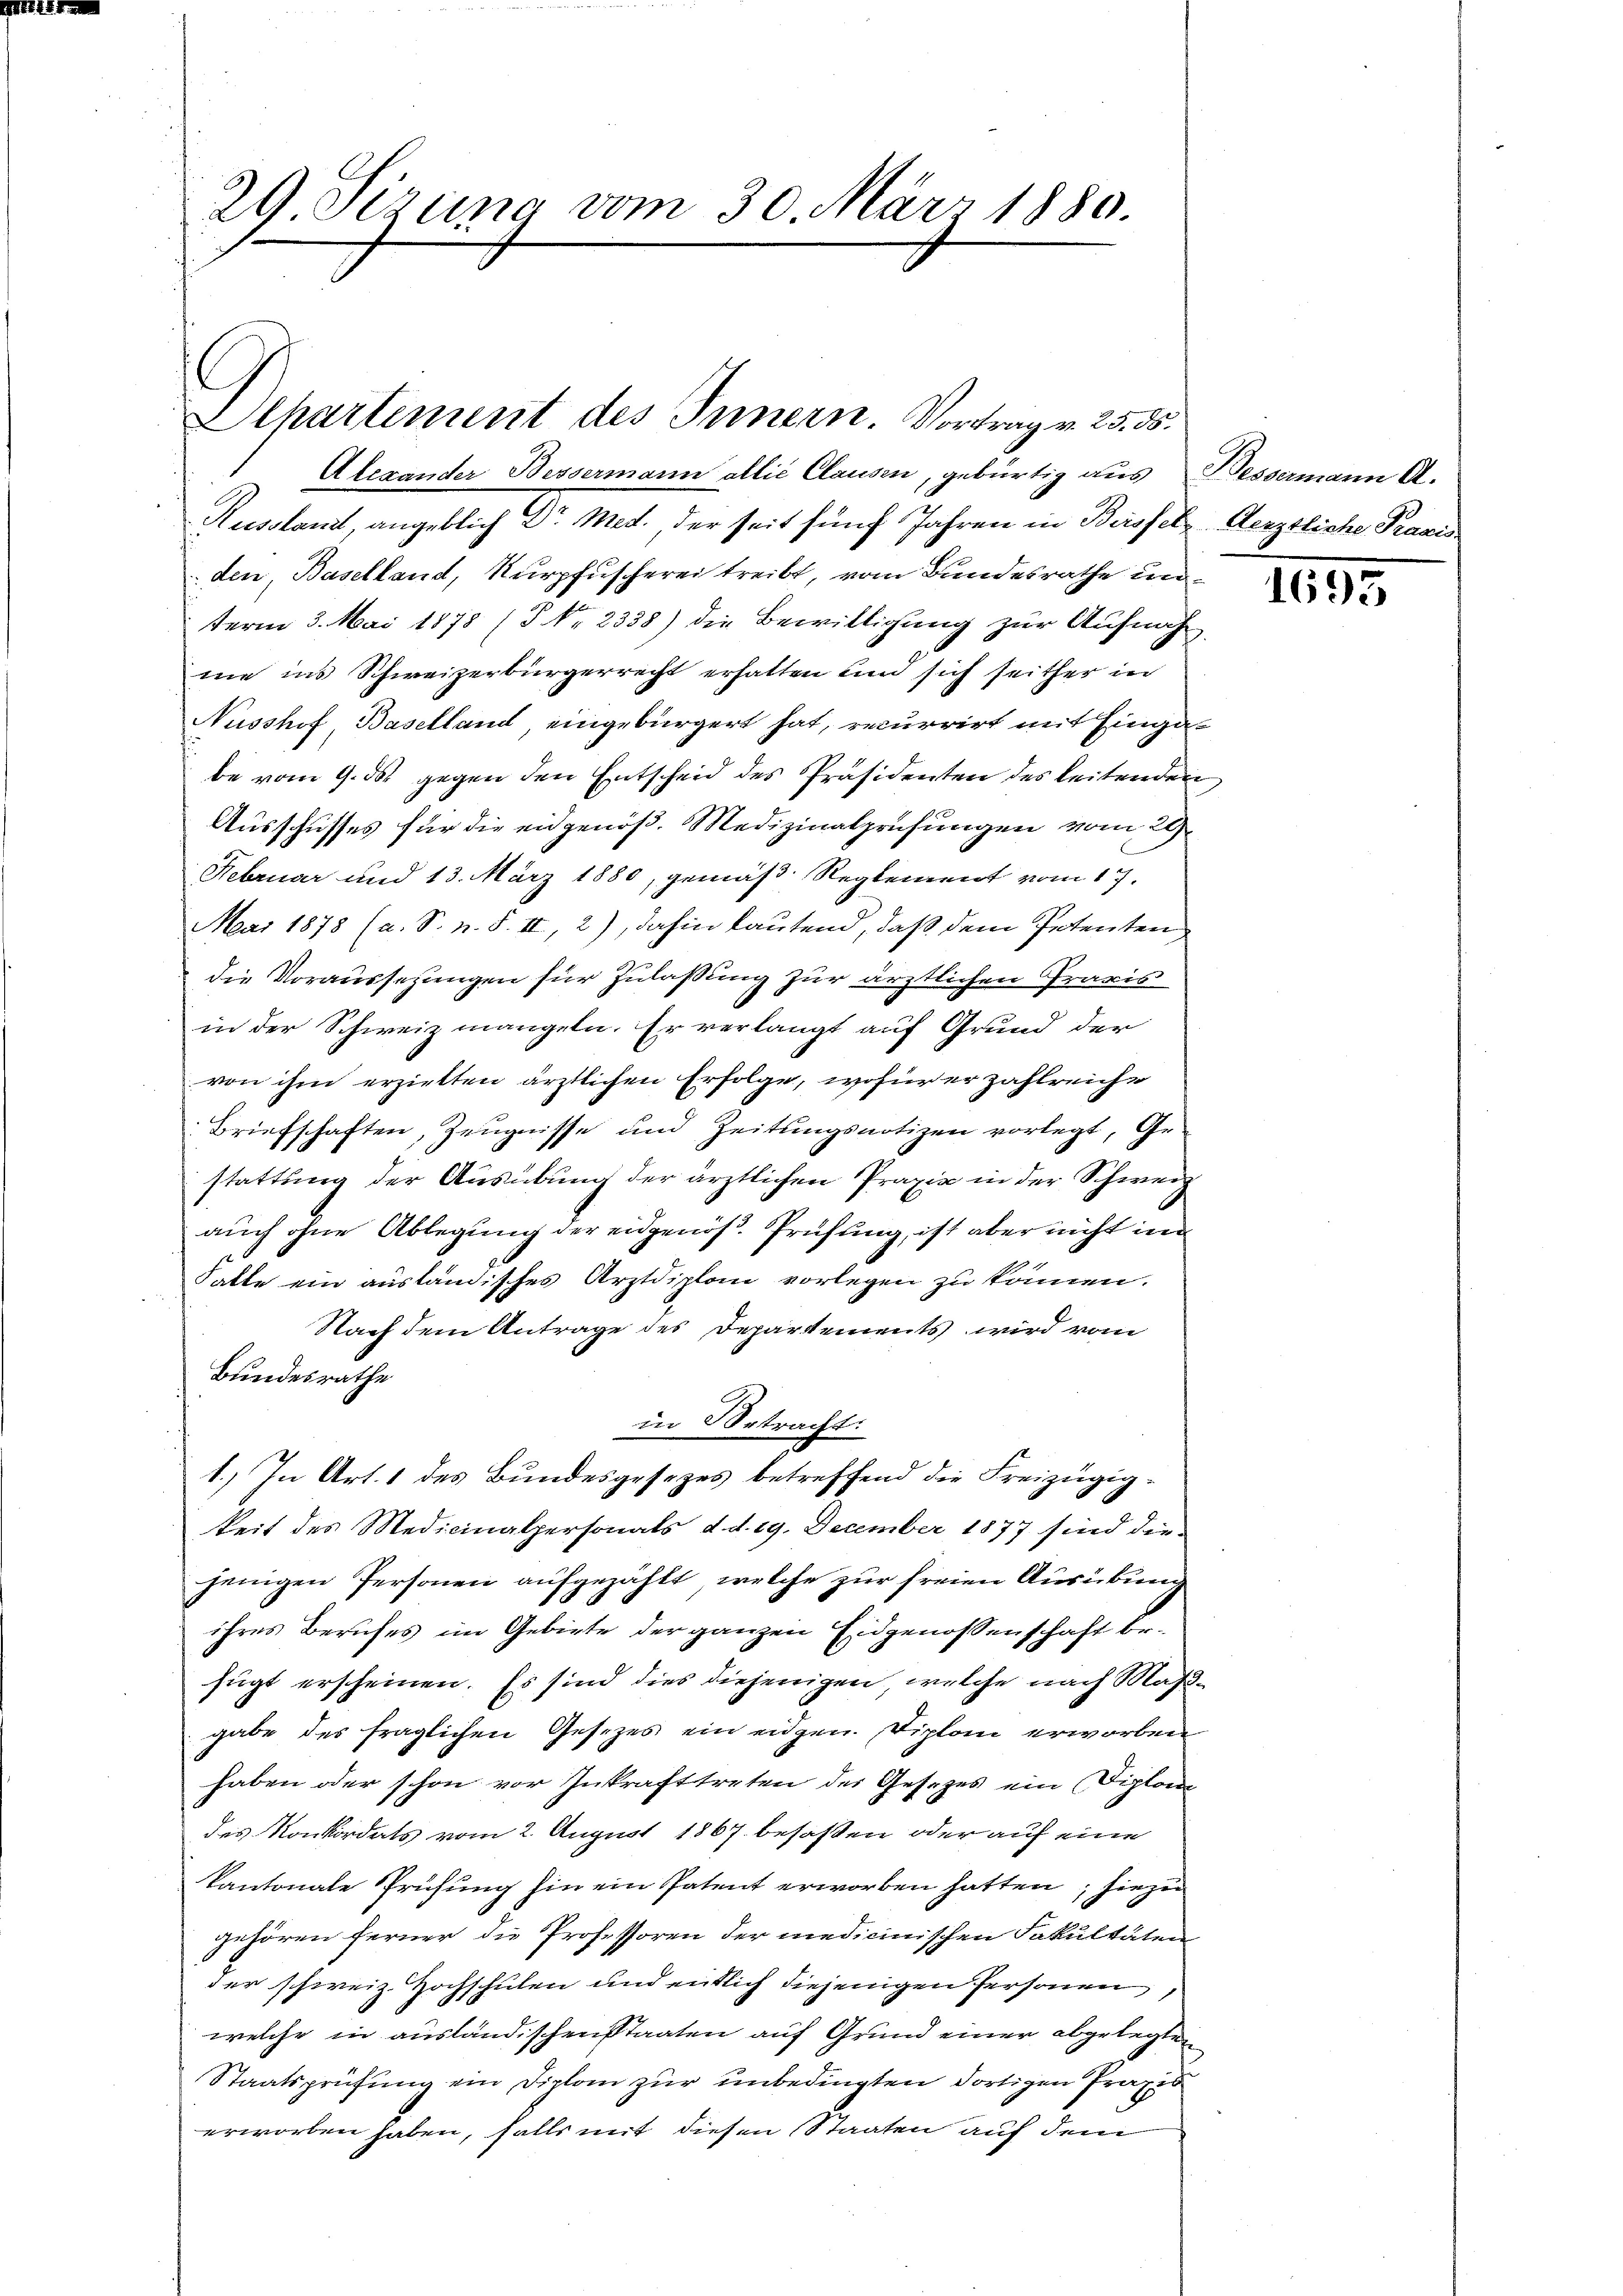
29 Sizung vom 30. März 1880.

.
Apartement des Innern. Vortrag v. 25. ds.

Alexander Bessermann allié Clausen, gebürtig aus Bessermann A.
Russlant, angeblich Dr. Mett. der seit fünf Jahren in Birsfel, Aerztliche Praxis
den, Baselland, Kurpfuscherei treibt, vom Bundesrathe unterm 3. Mai 1878 (5 No 2338) die Bewilligung zur Aufnahne ins Schweizerbürgerrecht erhalten und sich seither in
Nusshof Baselland, eingebürgert hat, recurrirt mit Eingabe vom 9. ds gegen den Entscheid des Präsidenten des leitenden
Ausschusses für die eidgenöß. Medizinalprüfungen vom 29.
Februar und 13. März 1880, gemäß Reglement vom 17.
Mai 1878 (a. S. n. F. II, 2), dahin lautend, daß dem Petenten
die Voraussetzungen für Zulassung zur ärztlichen Praxis
in der Schweiz mangeln. Er verlangt auf Grund der
von ihm erzielten ärztlichen Erfolge, wofür er zahlreiche
Briefschaften, Zeugnisse und Zeitungsnotizen vorlegt, Ge-
stattung der Ausübung der ärztlichen Praxis in der Schweiz
auch ohne Ablegung der eidgenös. Prüfung, ist aber nicht im
Falte ein ausländisches Arztdiplon vorlegen zu können.
Nach dem Antrage des Departements wird vom
Bundesrathe
in Betracht:
1.) In Art. 1 des Bundesgesezes betreffend die Freizügigkeit des Medicinalpersonats d. d. 19. December 1877 sind diejenigen Personen aufgezählt, welche zur freien Ausübung
ihres Berufes im Gebiete der ganzen Eidgenossenschaft befügt erscheinen. Es sind dies diejenigen, welche nach Maßgabe des fraglichen Gesezes ein eidgen. Diplom erworben
haben oder schon vor Inkrafttreten des Gesetzes ein Diplom
des Konkordats vom 2. August 1867 besaßen oder auf eine
Kantonale Prüfung hin ein Patent erworben hatten, hiezu
gehören ferner die Professoren der medicinischen Fakultäten
der schweiz. Hochschulen und entlich diejenigen Personen
welche in ausländischenstaaten auf Grund einer abgelegten
Staatsprüfung ein Diplom zur unbedingten dortigen Praxis
erworben haben, falls mit diesen Staaten auf dem

1695